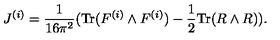
J ^ { ( i ) } = \frac { 1 } { 1 6 \pi ^ { 2 } } ( \mathrm { T r } ( F ^ { ( i ) } \wedge F ^ { ( i ) } ) - \frac { 1 } { 2 } \mathrm { T r } ( R \wedge R ) ) .